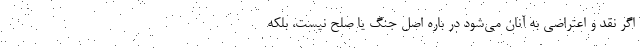
اگر نقد و اعتراضی به آنان می‌شود در باره اصل جنگ یا صلح نیست، بلکه